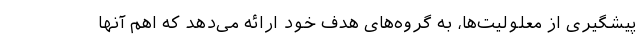
پیشگیری از معلولیت‌ها، به گروه‌های هدف خود ارائه می‌دهد که اهم آنها